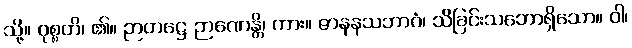
သို့။ ဝုစ္စတိ၊ ၏။ ဉာတဋ္ဌေ ဉာဏေန္တိ၊ ကား။ ဇာနနသဘာဝံ၊ သိခြင်းသဘောရှိသော။ ဝါ၊